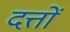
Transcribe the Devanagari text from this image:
दत्तों